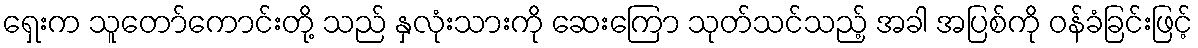
ရှေးက သူတော်ကောင်းတို့ သည် နှလုံးသားကို ဆေးကြော သုတ်သင်သည့် အခါ အပြစ်ကို ဝန်ခံခြင်းဖြင့်